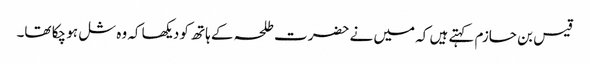
قیس بن حازم کہتے ہیں کہ میں نے حضرت طلحہ کے ہاتھ کو دیکھا کہ وہ شل ہو چکا تھا۔